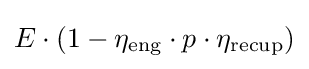
E\cdot (1-\eta _{\text{eng}}\cdot p\cdot \eta _{\text{recup}})